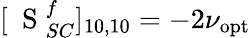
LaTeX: [\mathrm{~\mathbf~S~}_{SC}^{f}]_{10,10}=-2\nu_{\mathrm{opt}}